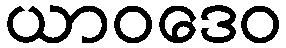
ယာဝဒေဝ